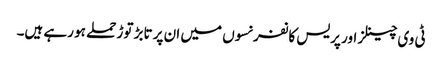
ٹی وی چینلز اور پریس کانفرنسوں میں ان پر تابڑ توڑ حملے ہو رہے ہیں۔